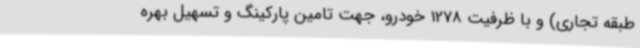
طبقه تجاری) و با ظرفیت 1278 خودرو، جهت تامین پارکینگ و تسهیل بهره